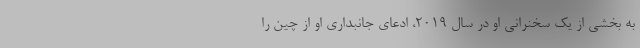
به بخشی از یک سخنرانی او در سال ۲۰۱۹، ادعای جانبداری او از چین را